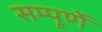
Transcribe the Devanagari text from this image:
सम्पूर्णे